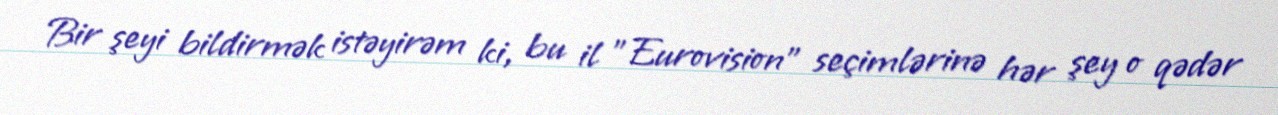
Bir şeyi bildirmək istəyirəm ki, bu il ”Eurovision" seçimlərinə hər şey o qədər